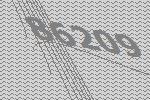
86209